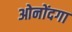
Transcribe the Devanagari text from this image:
ओनोंदगा